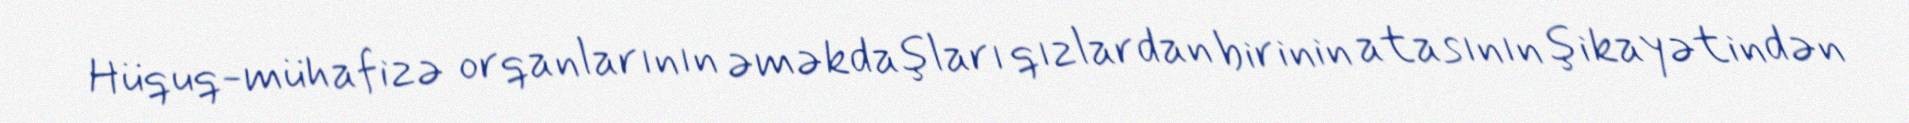
Hüquq-mühafizə orqanlarının əməkdaşları qızlardan birinin atasının şikayətindən